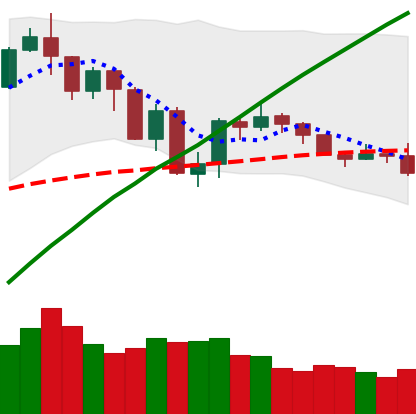
Ticker: BTC-USD
Chart end date: 2019-07-27
Forward return: 9.728%
Label: up_7plus